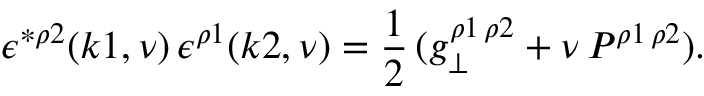
\epsilon ^ { * \rho 2 } ( k 1 , \nu ) \, \epsilon ^ { \rho 1 } ( k 2 , \nu ) = \frac { 1 } { 2 } \, ( g _ { \perp } ^ { \rho 1 \, \rho 2 } + \nu \, { \cal P } ^ { \rho 1 \, \rho 2 } ) .